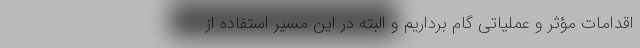
اقدامات مؤثر و عملیاتی گام برداریم و البته در این مسیر استفاده از